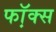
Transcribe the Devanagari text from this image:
फॉ़क्स